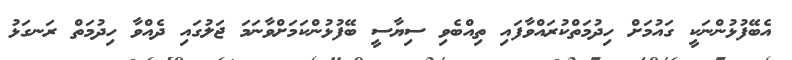
އެބޭފުޅުންނަކީ ގައުމަށް ހިދުމަތްކުރައްވާފައި ތިއްބެވި ސިޔާސީ ބޭފުޅުންކަމަށްވާނަމަ ޖަލުގައި ދެއްވާ ހިދުމަތް ރަނގަޅު